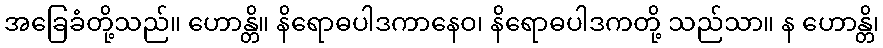
အခြေခံတို့သည်။ ဟောန္တိ။ နိရောဓပါဒကာနေဝ၊ နိရောဓပါဒကတို့ သည်သာ။ န ဟောန္တိ၊